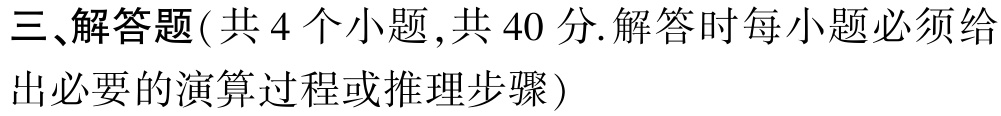
三、解答题(共 4 个小题 ,共 40 分.解答时每小题必须给出必要的演算过程或推理步骤)